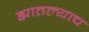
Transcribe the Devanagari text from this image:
ह्यातल्याच